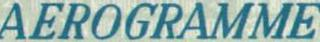
AEROGRAMME